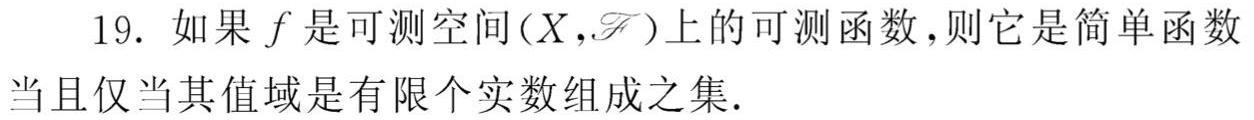
19. 如果 $f$ 是可测空间 $(X,\mathscr{F})$ 上的可测函数，则它是简单函数当且仅当其值域是有限个实数组成之集.